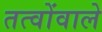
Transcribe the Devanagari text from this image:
तत्वोंवाले